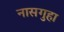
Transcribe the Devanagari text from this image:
नासगुहा